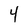
Character: 4